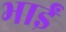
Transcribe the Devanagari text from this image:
भाईं